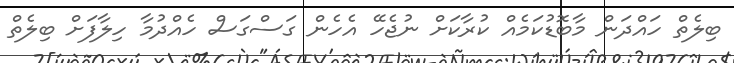
ބިލެތް ހައްދަން މާބޮޑުކަމެއް ކުރާކަށް ނުޖެހޭ އެހެން ގަސްގަސް ހެއްދުމާ ހިލާފަށް ބިލެތް